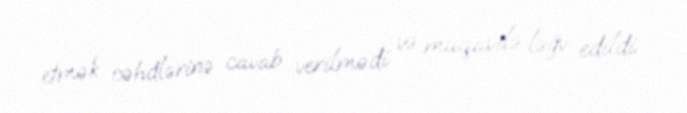
etmək cəhdlərinə cavab verilmədi və müqavilə ləğv edildi.